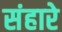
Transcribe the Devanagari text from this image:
संहारे